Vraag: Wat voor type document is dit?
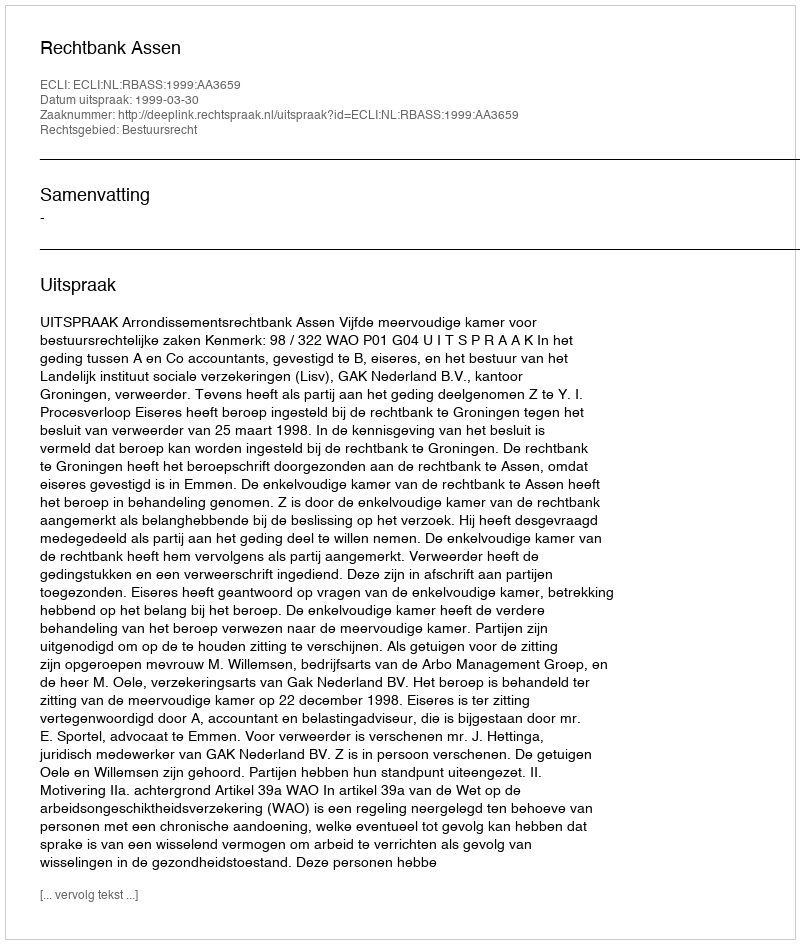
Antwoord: Uitspraak